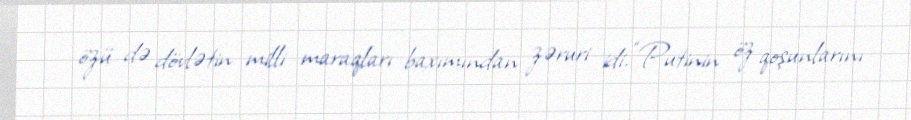
özü də dövlətin milli maraqları baxımından zəruri idi. “Putinin öz qoşunlarını